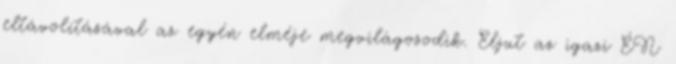
eltávolításával az egyén elméje megvilágosodik. Eljut az igazi ÉN